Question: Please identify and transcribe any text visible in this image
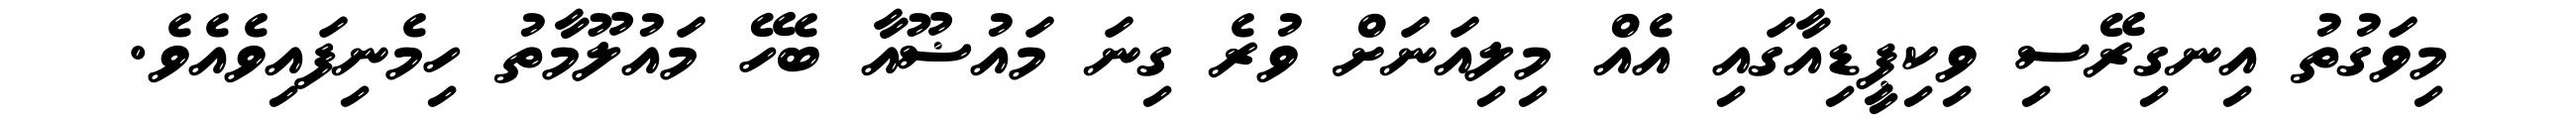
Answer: މިވަގުތު އިނގިރޭސި ވިކިޕީޑިއާގައި އެއް މިލިއަނަށް ވުރެ ގިނަ މައުޟޫއާ ބެހޭ މައުލޫމާތު ހިމެނިފައިވެއެވެ.